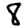
Digit: 8